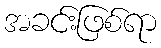
အခင်းဖြစ်ရာ